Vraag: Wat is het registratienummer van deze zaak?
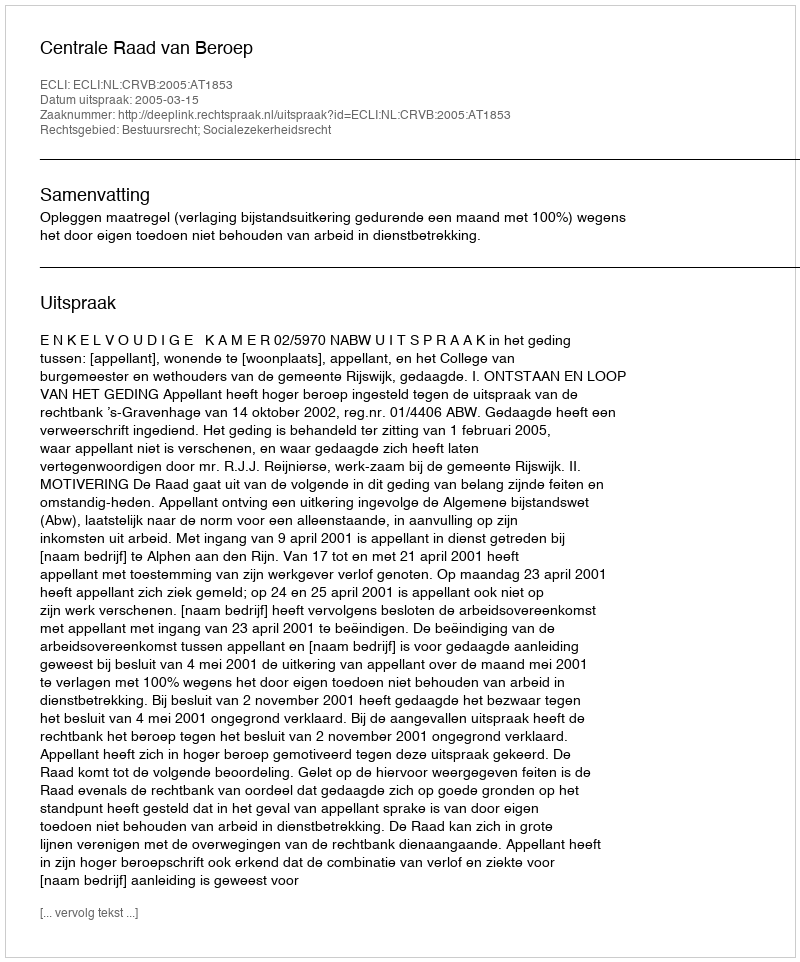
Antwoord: http://deeplink.rechtspraak.nl/uitspraak?id=ECLI:NL:CRVB:2005:AT1853